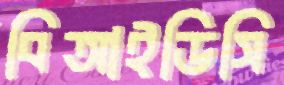
বিআইডিসি